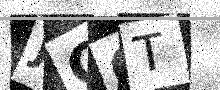
Text: JCGT